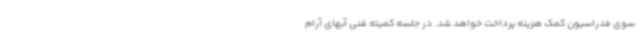
سوی فدراسیون کمک هزینه پرداخت خواهد شد. در جلسه کمیته فنی آبهای آرام